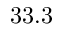
3 3 . 3